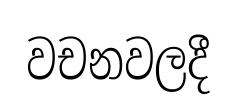
වචනවලදී